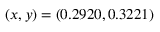
( x , y ) = ( 0 . 2 9 2 0 , 0 . 3 2 2 1 )